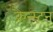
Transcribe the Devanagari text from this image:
क्रैन्स्टन